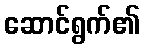
ဆောင်ရွက်၏